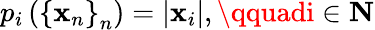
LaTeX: p_{i}\left(\left\{ \mathbf{x}_{n}\right\} _{n}\right)=\left|\mathbf{x}_{i}\right|,\qquadi\in\mathbf{{N}}